Bréfritari: Sigurður Eiríksson
Viðtakandi: Jón Borgfirðings Jónsson
Dagsetning: A-1861-03-16
Skrifað á: Ingjaldsstöðum  S-Þing.

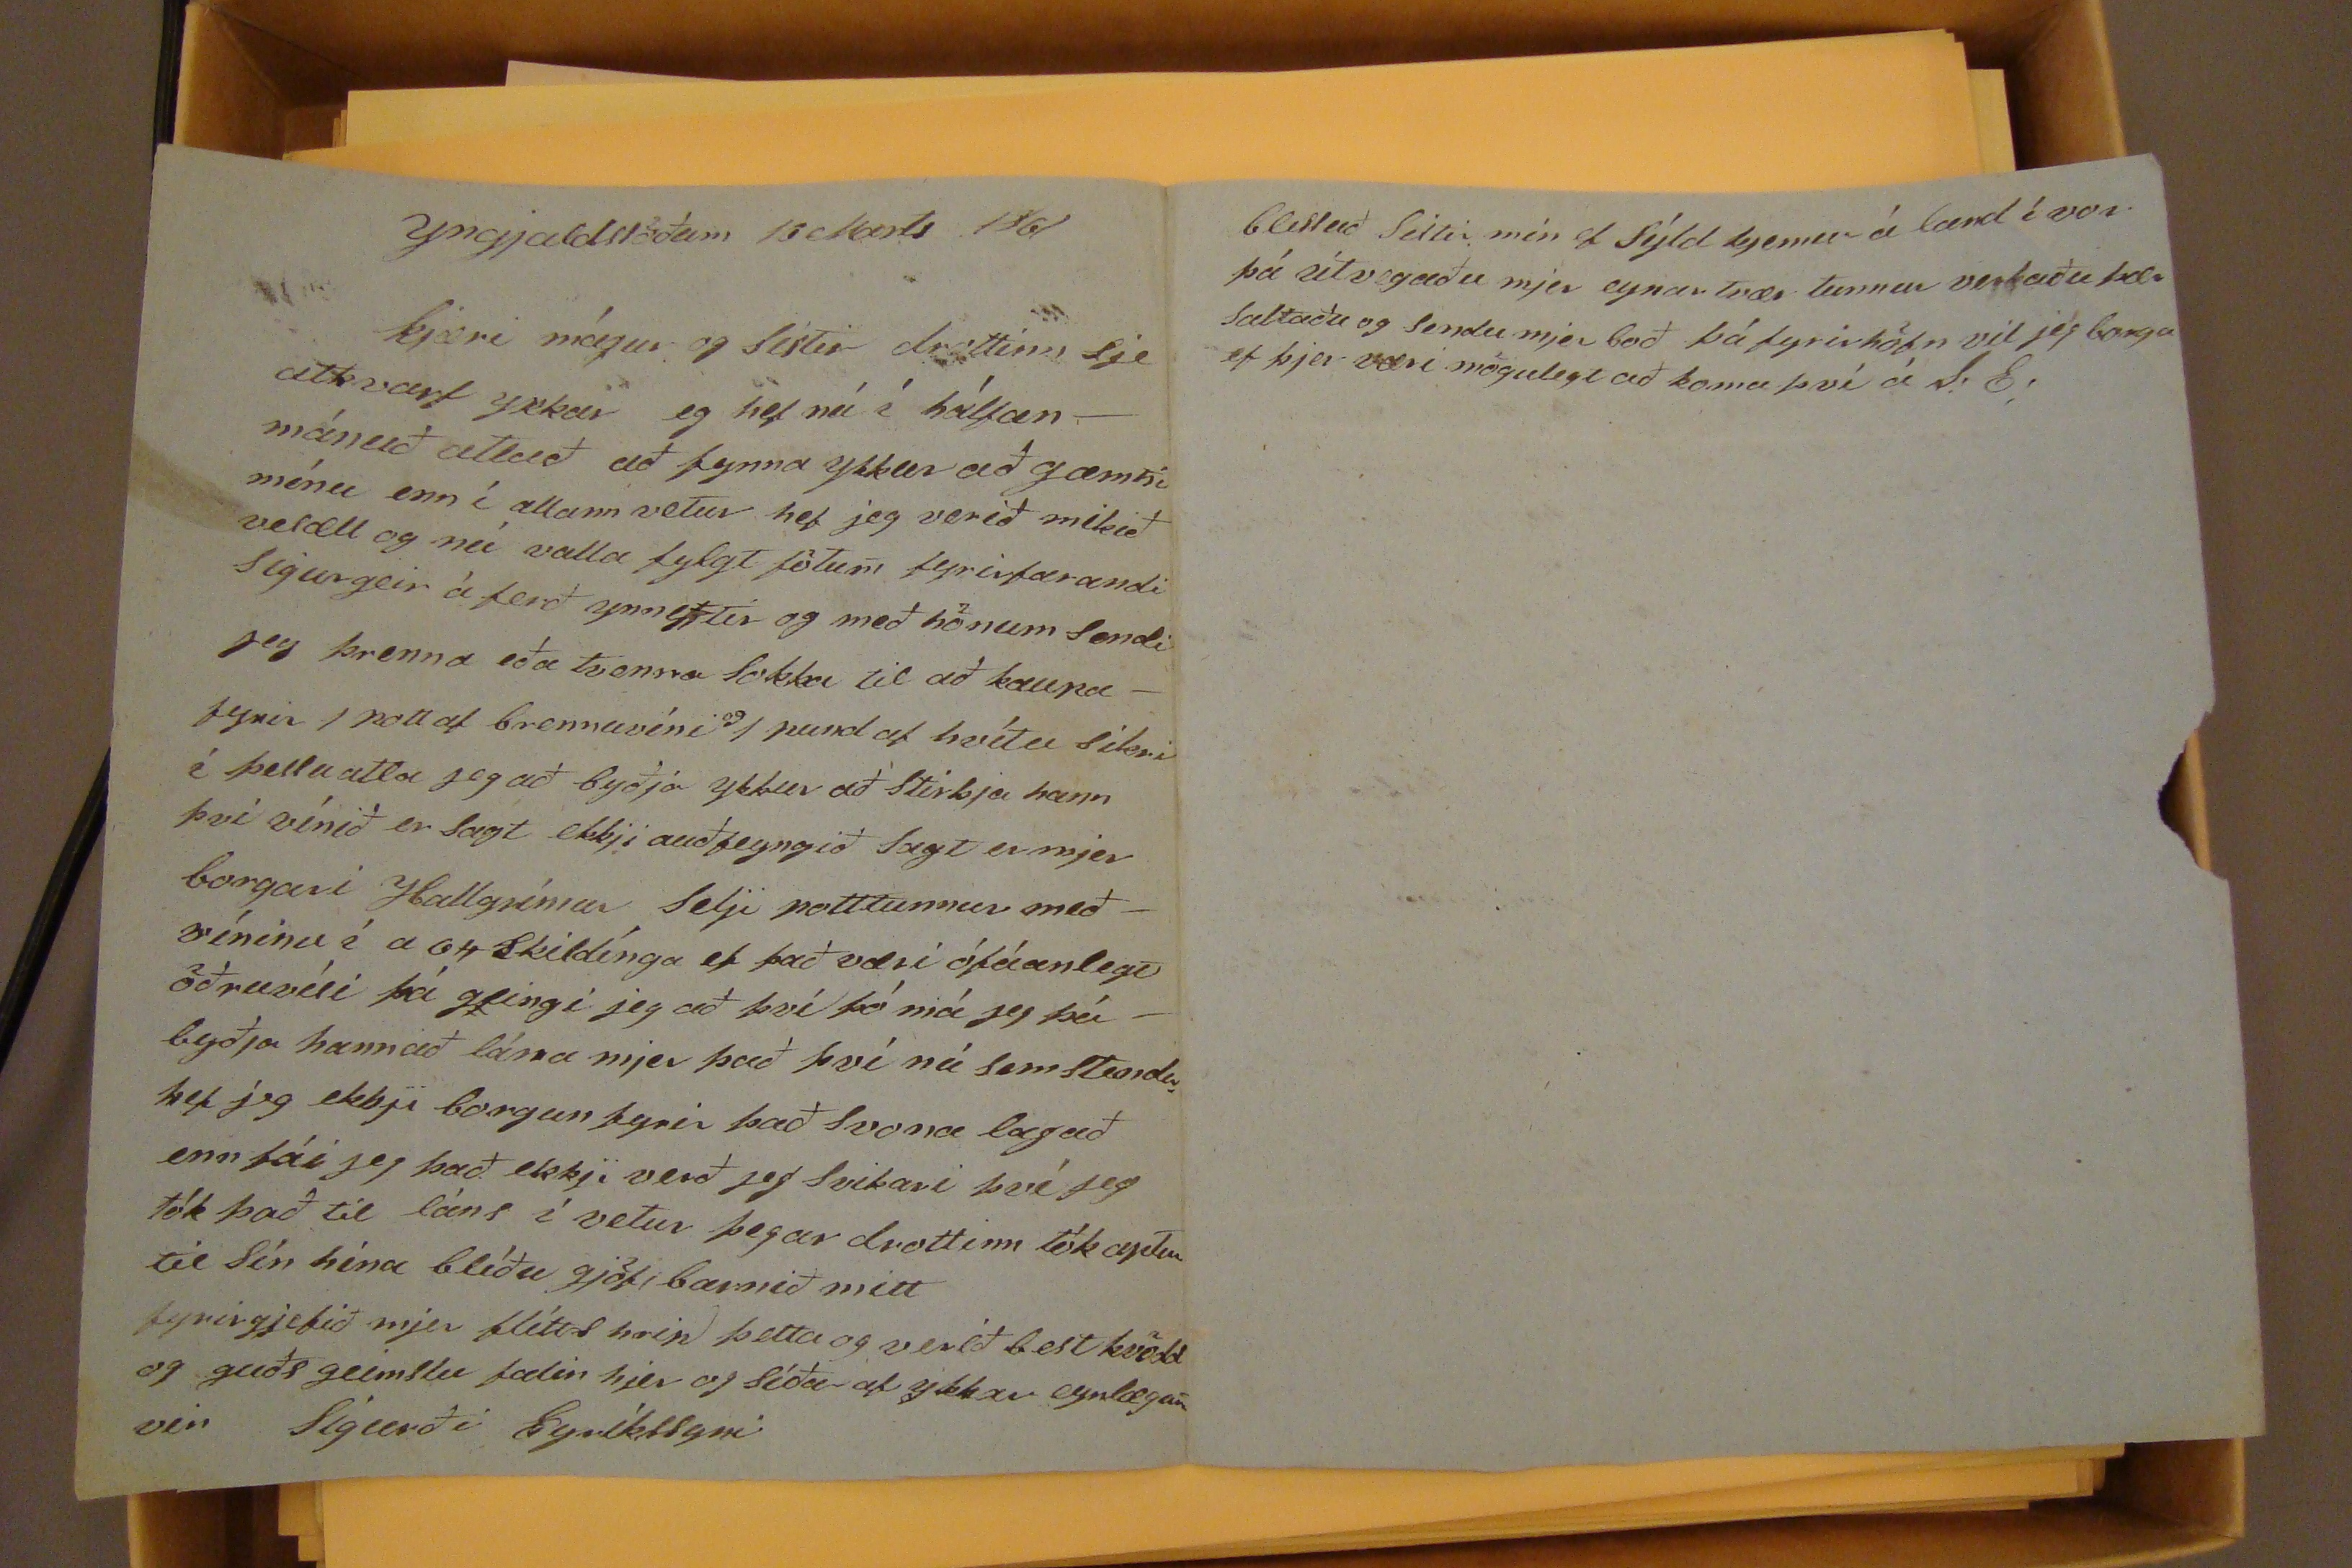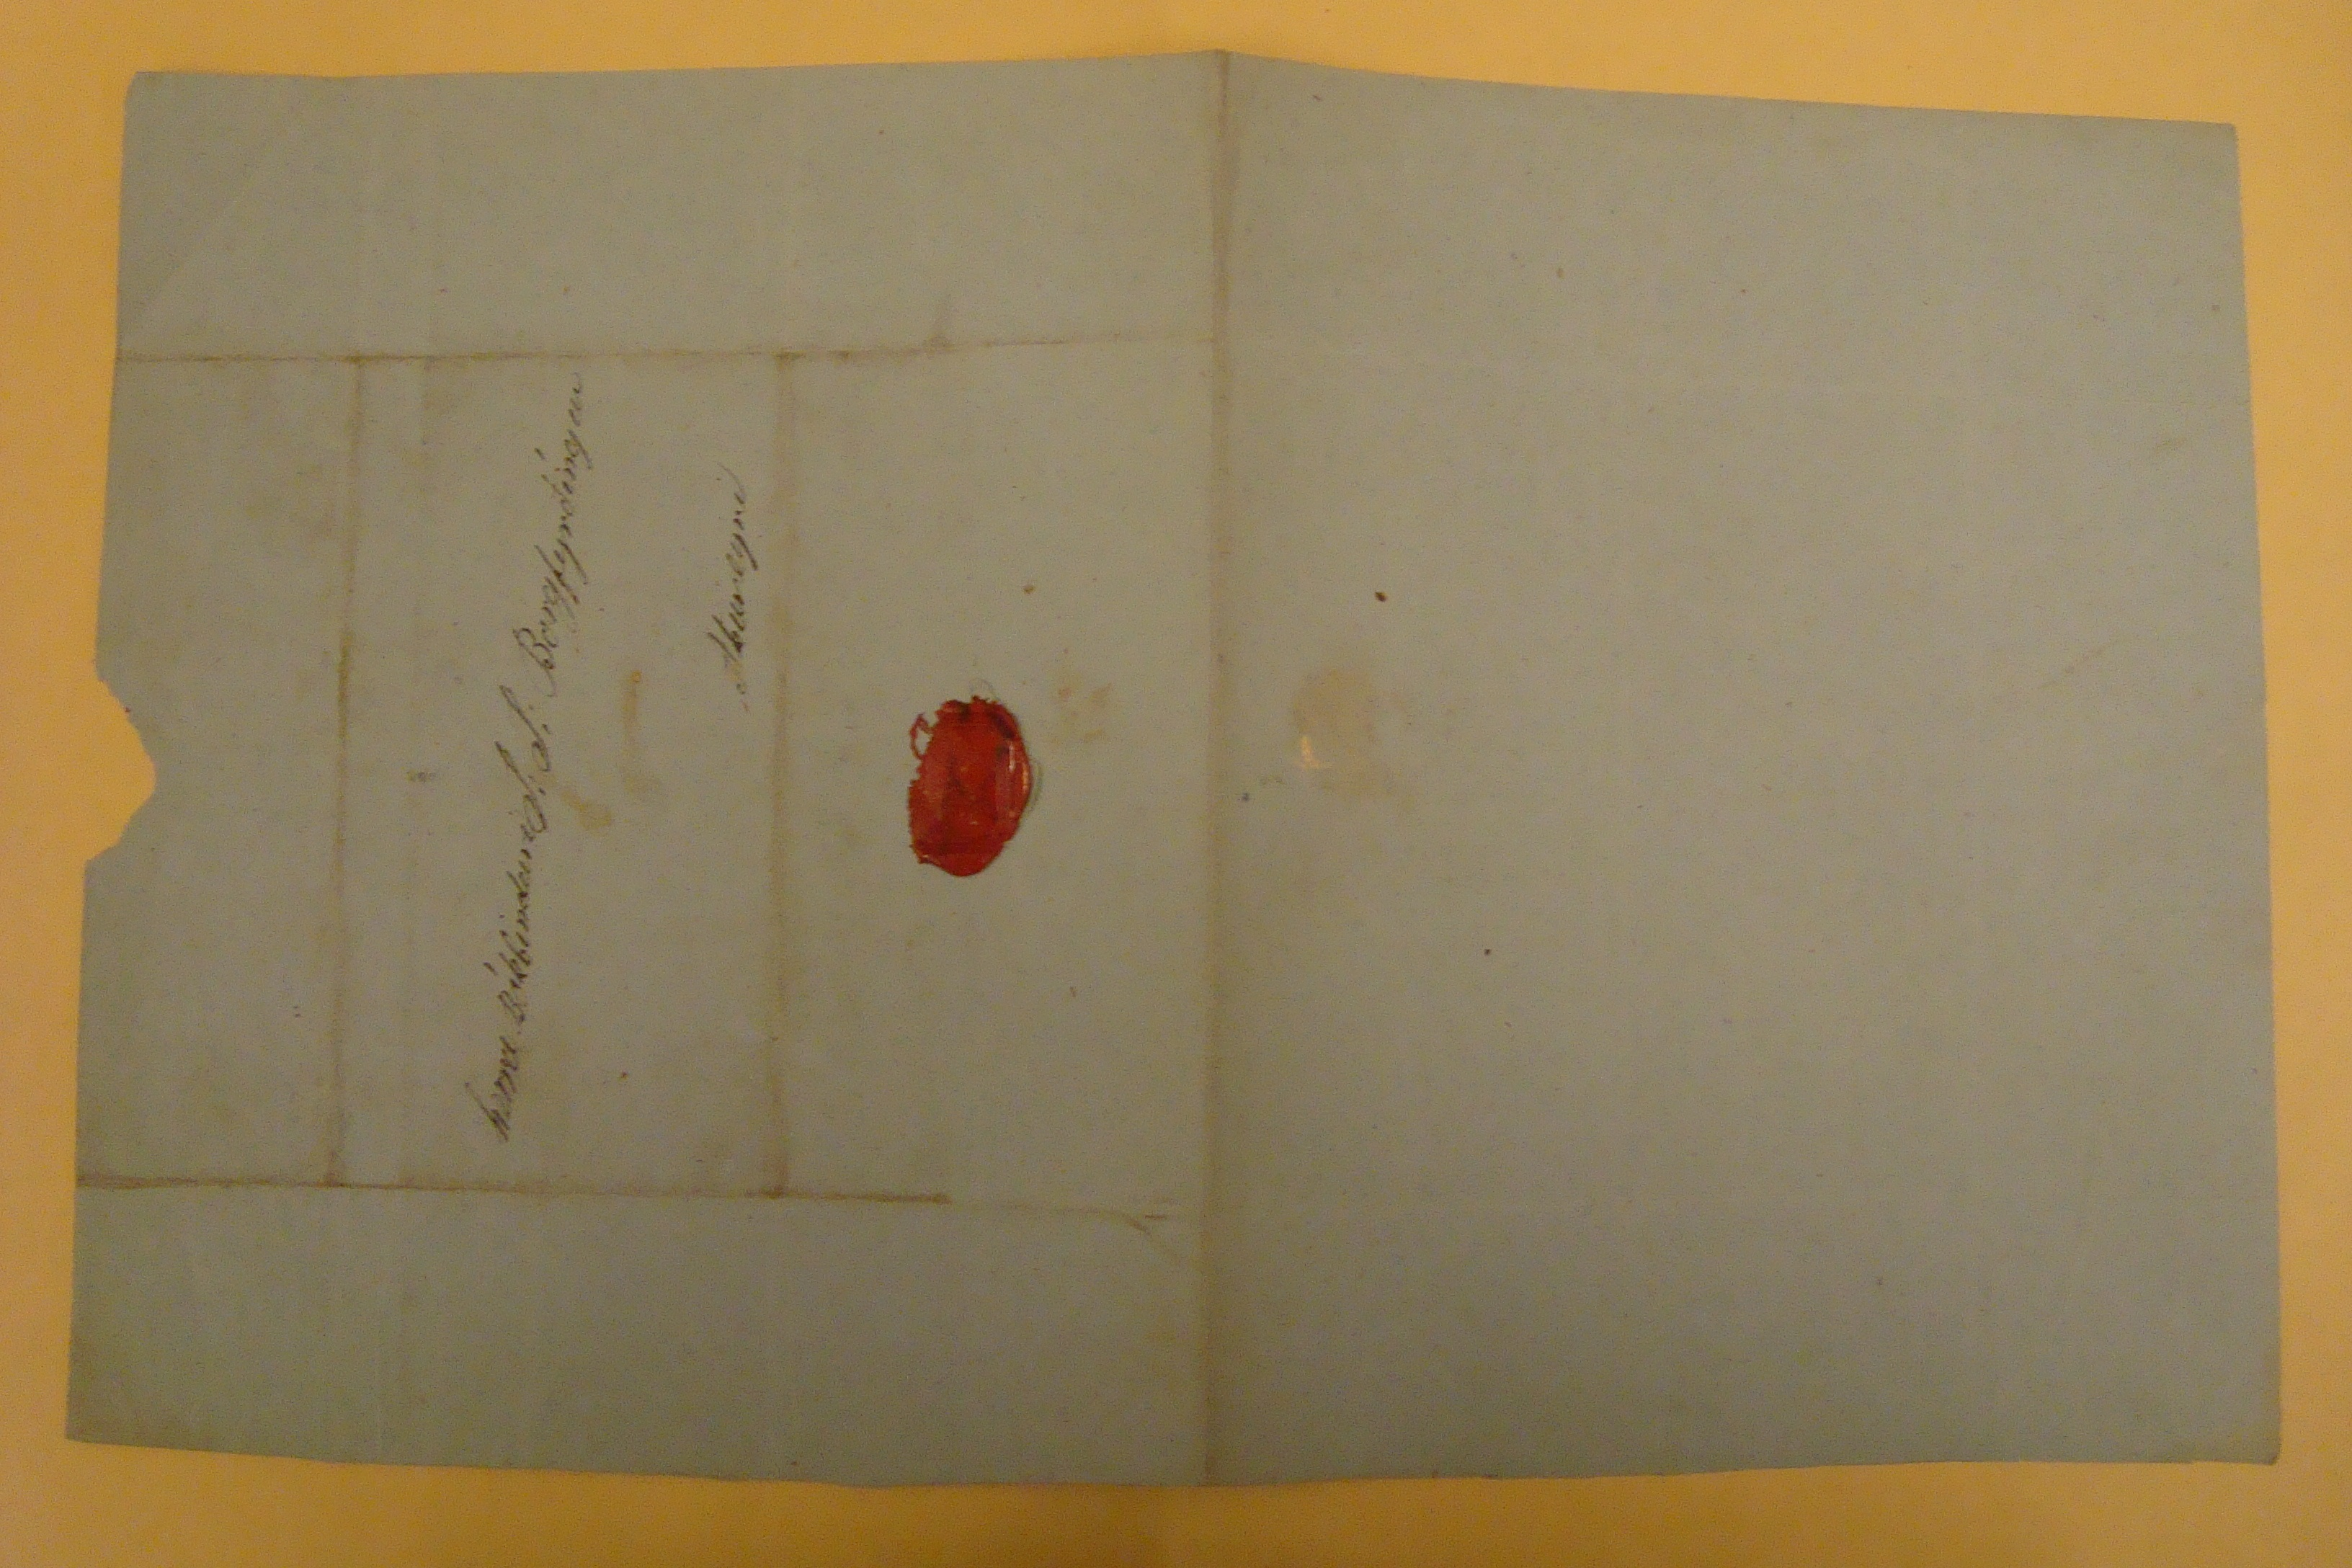

Yngjaldsstöðum 16 Marts 1861
kjæri mágur og sistir drottinn sje athvarf ykkar og hef nú í hálfan- mánuð
atluð
að fynna ykkur að gamni mínu enn í allann vetur hef jeg veirð mikið veslæll og nú valla fylgt fötum fyrirfarandi Sigurgeir á ferð ynneftir og með hönum sendi jeg þrenna eða hvenna lokka til að kaupa - fyrir 1 pott af brennivíni
og
1 pund af hvítu sikri í þetta atla jeg að byðja ykkur að stirkja hann því vínir er sagt ekkji auðfeyngið sagt er mjer borgari Hallgrímur selji potttunnur með víninu í a 64 skildínga ef það væri ófáanlegt öðruvísi þá geingi jeg að því þó má jeg þá byðja hann að lána mjer það því nú sem stendur hef jeg ekkji borgun fyrir það svona lagað enn fái jeg það ekkji verð jeg svikari því jeg tók það til láns í vetur þegar drottinn tókk
aptur
til sín hina blíðu gjöf, barnið mitt fyrirgjefið mjer flítirs hrip þetta og verið best kvödd og guðs geimslu falin hjer og síða af ykkar eynlægum vin Sigurði Eyríkssyni
blessuð
sistir
mín ef sýld kjemur á land í vor þá útvegaðu mjer eynar tvær tunnur verkaðu þær saltaðu og sendu mjer boð þá fyrirhöfn vil jeg borga ef þjer væri mögulegt að koma því á S.E.
herra Bókbindari J.J. Borgfyrðíngur
Akureyri